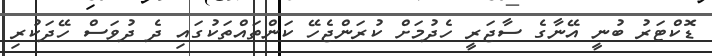
ޑޮކްޓަރު ބުނީ އޭނާގެ ސާޖަރީ ހެދުމަށް ކުރަންޖެހޭ ކަންތައްތަކުގައި ދެ ދުވަސް ހޭދަކުރި